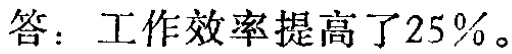
答：工作效率提高了25%。